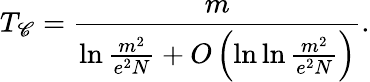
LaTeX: T_{\mathscr{C}}=\frac{{m}}{{\ln\frac{{m^{2}}}{{e^{2}N}}+O\left(\ln\ln\frac{{m^{2}}}{{e^{2}N}}\right)}}.